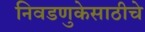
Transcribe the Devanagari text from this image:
निवडणुकेसाठीचे